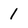
Character: 1